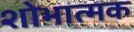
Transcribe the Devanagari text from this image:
शोभात्मक